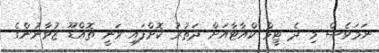
ނަމަވެސް މި ދެ ޓީމް ކްއާޓާއަށް ދަތުރު ކޮށްފައި ވަނީ ތޮއްޑޫ ޒުވާނުންގެ